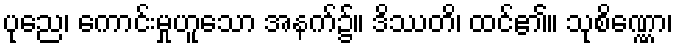
ပုညေ၊ ကောင်းမှုဟူသော အနက်၌။ ဒိဿတိ၊ ထင်၏။ သုစိဏ္ဏော၊